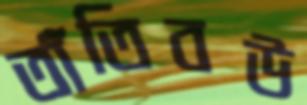
তাঁতিবউ